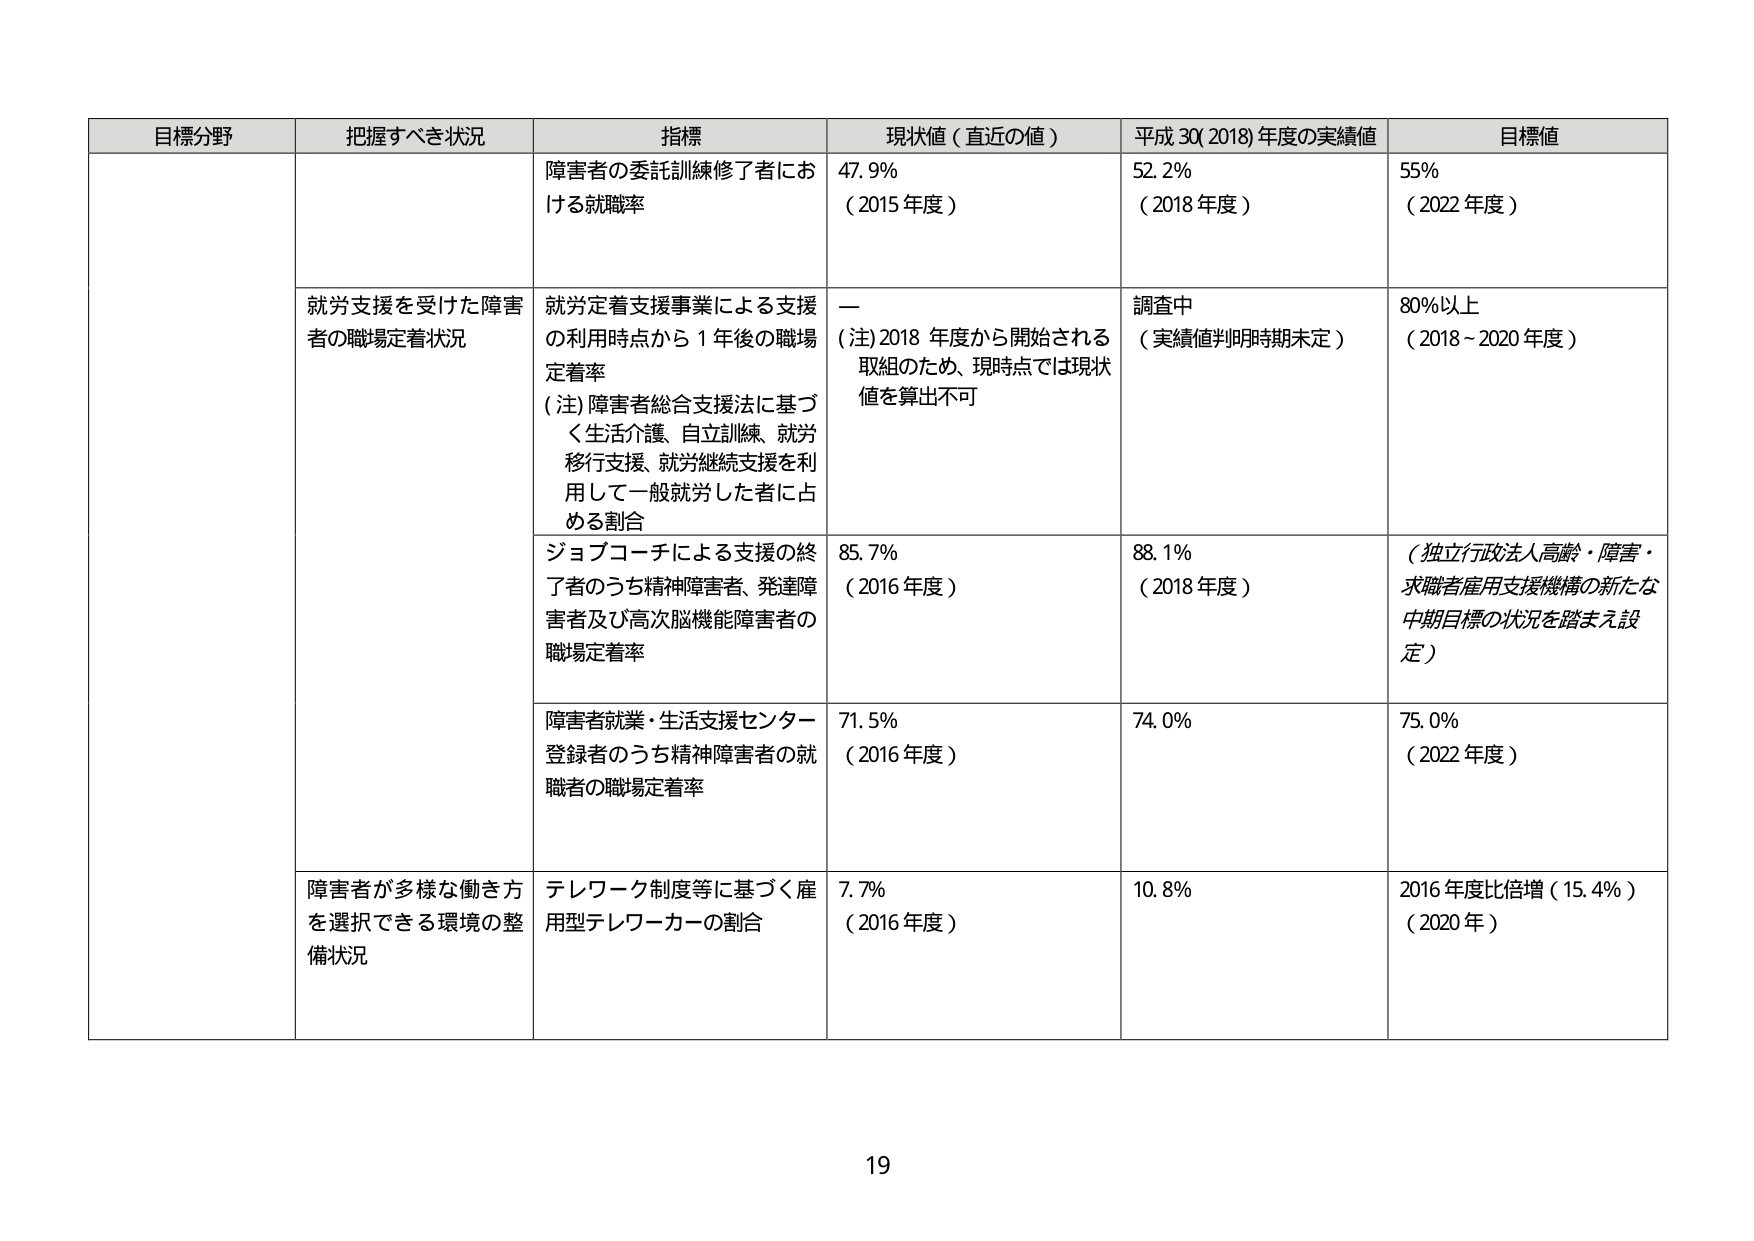
目標分野 把握すべき状況 指標 現状値（直近の値） 平成30(2018)年度の実績値 目標値
障害者の委託訓練修了者における就職率 47.9% （2015年度） 52.2% （2018年度） 55% （2022年度）
就労支援を受けた障害者の職場定着状況 就労定着支援事業による支援の利用時点から1年後の職場定着率 （注）障害者総合支援法に基づく生活介護、自立訓練、就労移行支援、就労継続支援を利用して一般就労した者に占める割合 — （注）2018年度から開始される取組のため、現時点では現状値を算出不可 調査中 （実績値判明時期未定） 80%以上 （2018～2020年度）
ジョブコーチによる支援の終了者のうち精神障害者、発達障害者及び高次脳機能障害者の職場定着率 85.7% （2016年度） 88.1% （2018年度） （独立行政法人高齢・障害・求職者雇用支援機構の新たな中期目標の状況を踏まえ設定）
障害者就業・生活支援センター登録者のうち精神障害者の就職者の職場定着率 71.5% （2016年度） 74.0% 75.0% （2022年度）
障害者が多様な働き方を選択できる環境の整備状況 テレワーク制度等に基づく雇用型テレワーカーの割合 7.7% （2016年度） 10.8% 2016年度比倍増（15.4%） （2020年）
19